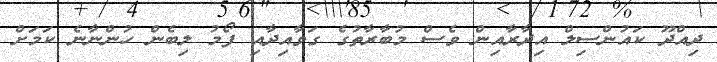
ދިއްދޫ ކައުންސިލް އިދާރާއިން ވެސް މުބާރާތުގެ ގަވާއިދާއި ފޯމު ލިބެން ހުންނާނެ ކަމަށް